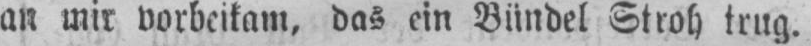
an mir vorbeikam, das ein Bündel Stroh trug.